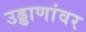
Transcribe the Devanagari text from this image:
उड्डाणांवर